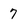
Character: 7